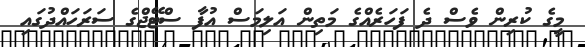
މީގެ ކުރިން ވެސް ދެ ފަހަރެއްގެ މަތިން އަލިމަސް އުފާ ސްޓޭޖްގެ ސަރަހައްދުގައި